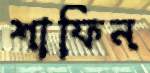
শাফিন